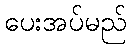
ပေးအပ်မည်